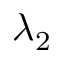
\lambda _ { 2 }